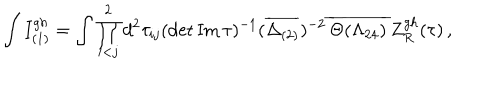
LaTeX: \int I _ { ( 1 ) } ^ { g h } = \int \prod _ { i < j } ^ { 2 } d ^ { 2 } \tau _ { i j } ( \det { \mathrm { I m \, } \tau } ) ^ { - 1 } ( \overline { { { \Delta _ { ( 2 ) } } } } ) ^ { - 2 } \, \overline { { { \Theta ( \Lambda _ { 2 4 } ) } } } \, Z _ { R } ^ { g h } ( \tau ) \, ,